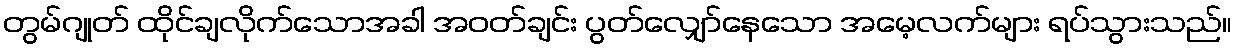
တွမ်ဂျုတ် ထိုင်ချလိုက်သောအခါ အဝတ်ချင်း ပွတ်လျှော်နေသော အမေ့လက်များ ရပ်သွားသည်။